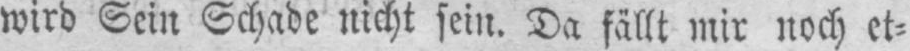
wird Sein Schade nicht sein. Da fällt mir noch et⸗